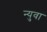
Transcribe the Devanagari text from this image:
न्युवा